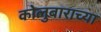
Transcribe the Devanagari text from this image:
कोलुबाराच्या